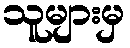
သူများမှ